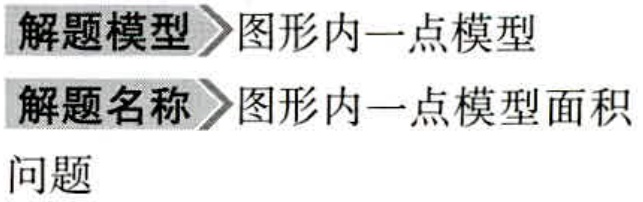
解题模型>图形内一点模型
解题名称>图形内一点模型面积
问题